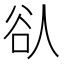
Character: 𫎀